Mental hospitals Bombay report 1921-28 - 1921-1928
Year: 1921
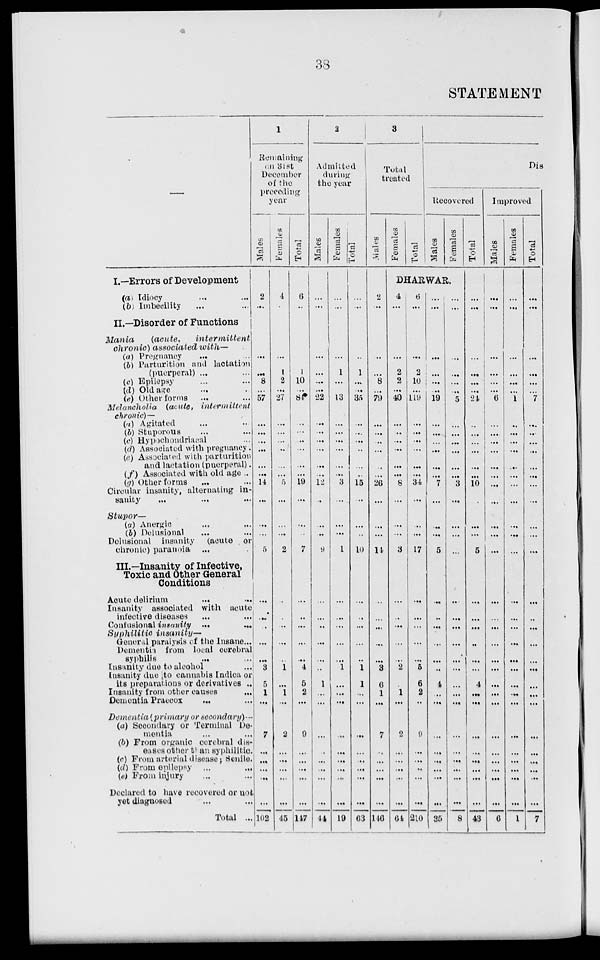
38
STATEMENT
—
I.—Errors of Development
(a) Idiocy ... ...
(b) Imbecility ... ...
II.—Disorder of Functions
Mania
(acute,
intermittent
chronic) associated with—
(a) Pregnancy
... ...
(6) Parturition and lactation
(puerperal) ... ...
(e) Epilepsy ... ...
(d) Old age ... ...
(e) Other forms ... ...
Melancholia (acute,
intermittent
chronic)—
(a) Agitated ... ...
(b) Stuporous ... ...
(c) Hypochondriacal ...
(d) Associated with pregnancy.
(e) Associated with parturition
and lactation (puerperal).
(f) Associated with old age ..
(g) Other forms ... ...
Circular insanity, alternating in-
sanity ... ... ...
Stupor—
(a) Anergic ... ...
(b) Delusional ... ...
Delusional insanity (acute or
chronic) paranoia ...
III.—Insanity of Infective,
Toxic and Other General
Conditions
Acute delirium
...
...
Insanity associated with acute
infective diseases ... ...
Confusional insanity
... ...
Syphilitic
insanity—
General paralysis of the Insane ...
Dementia from local cerebral
syphilis
... ...
Insanity due to alcohol ...
Insanity due to cannabis Indica or
its preparations or derivatives ..
Insanity from other causes ...
Dementia Praecox
... ...
Dementia (primary or secondary)—
(a) Secondary or Terminal De-
mentia ... ...
(b) From organic cerebral dis-
eases other than syphilitic.
(c) From arterial disease; Senile.
(d) From epilepsy ... ...
(e) From injury ... ...
Declared to have recovered or not
yet diagnosed ... ...
Total ...
1
Remaining
on
31st
December
of the
preceding
year
Males
2
...
...
...
8
...
57
...
...
...
...
...
...
14
...
...
...
5
...
...
...
...
...
3
5
1
...
7
...
...
...
...
...
102
Females
4
...
...
1
2
...
27
...
...
...
...
...
...
5
...
...
...
2
...
...
...
...
...
1
...
1
...
2
...
...
...
...
...
45
Total
6
...
...
1
10
...
84
...
...
...
...
...
...
19
...
...
...
7
...
...
...
...
...
4
5
2
...
9
...
...
...
...
...
147
2
Admitted
during
the year
Males
...
...
...
...
...
...
22
...
...
...
...
...
...
12
...
...
...
9
...
...
...
...
...
...
1
...
...
...
...
...
...
...
...
44
Females
...
...
...
1
...
...
13
...
...
...
...
...
...
3
...
...
...
1
...
...
...
...
...
1
...
...
...
...
...
...
...
...
...
19
Total
...
...
...
1
...
...
35
...
...
...
...
...
...
15
..
...
...
10
...
...
...
...
...
1
1
...
...
...
...
...
...
...
...
63
3
Total
treated
Males
2
...
...
...
8
...
79
...
...
...
...
...
...
26
...
...
...
14
...
...
...
...
...
3
6
1
...
7
...
...
...
...
...
146
Females
Total
Dis
Recovered
Males
Females
DHARWAR.
4
...
...
2
2
...
40
...
...
...
...
...
...
8
...
...
...
3
...
...
...
...
...
2
...
1
...
2
...
...
...
...
...
64
6
...
...
2
10
...
119
...
...
...
...
...
...
34
...
...
...
17
...
...
...
...
...
5
6
2
...
9
...
...
...
...
...
210
...
...
...
...
...
...
19
...
...
...
...
...
...
7
...
...
...
5
...
...
...
...
...
...
4
...
...
...
...
...
...
...
...
35
...
...
...
...
...
...
5
...
...
...
...
...
...
3
...
...
...
...
...
...
...
...
...
...
...
...
...
...
...
...
...
...
...
8
Total
...
...
...
...
...
...
24
...
...
...
...
...
...
10
...
...
...
5
...
...
...
...
...
...
4
...
...
...
...
...
...
...
...
43
Improved
Males
...
...
...
...
...
...
6
...
...
...
...
...
...
...
...
...
...
...
...
...
...
...
...
...
...
...
...
...
...
...
...
...
...
6
Females
...
...
...
...
...
...
1
...
...
...
...
...
...
...
...
...
...
...
...
...
...
...
...
...
...
...
...
...
...
...
...
...
...
1
Total
...
...
...
...
...
...
7
...
...
...
...
...
...
...
...
...
...
...
...
...
...
...
...
...
...
...
...
...
...
...
...
...
...
7